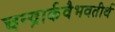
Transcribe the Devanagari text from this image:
चन्द्रार्कवैभवतीर्थ